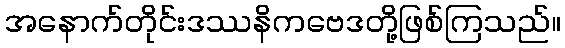
အနောက်တိုင်းဒဿနိကဗေဒတို့ဖြစ်ကြသည်။